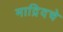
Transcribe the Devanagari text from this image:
माद्रिदचे